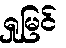
ရှုမြင်